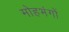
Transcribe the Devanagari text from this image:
मोहभंगों